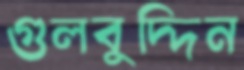
গুলবুদ্দিন